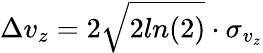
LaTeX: \Delta v_{z}=2\sqrt{2ln(2)}\cdot\sigma_{v_{z}}